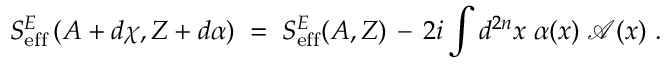
S _ { \mathrm { e f f } } ^ { E } \left( A + d \chi , Z + d \alpha \right) \; = \; S _ { \mathrm { e f f } } ^ { E } ( A , Z ) \, - \, 2 i \int d ^ { 2 n } x \; \alpha ( x ) \; { \mathcal A } ( x ) ~ .